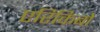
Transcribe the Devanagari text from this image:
एरिकिबो